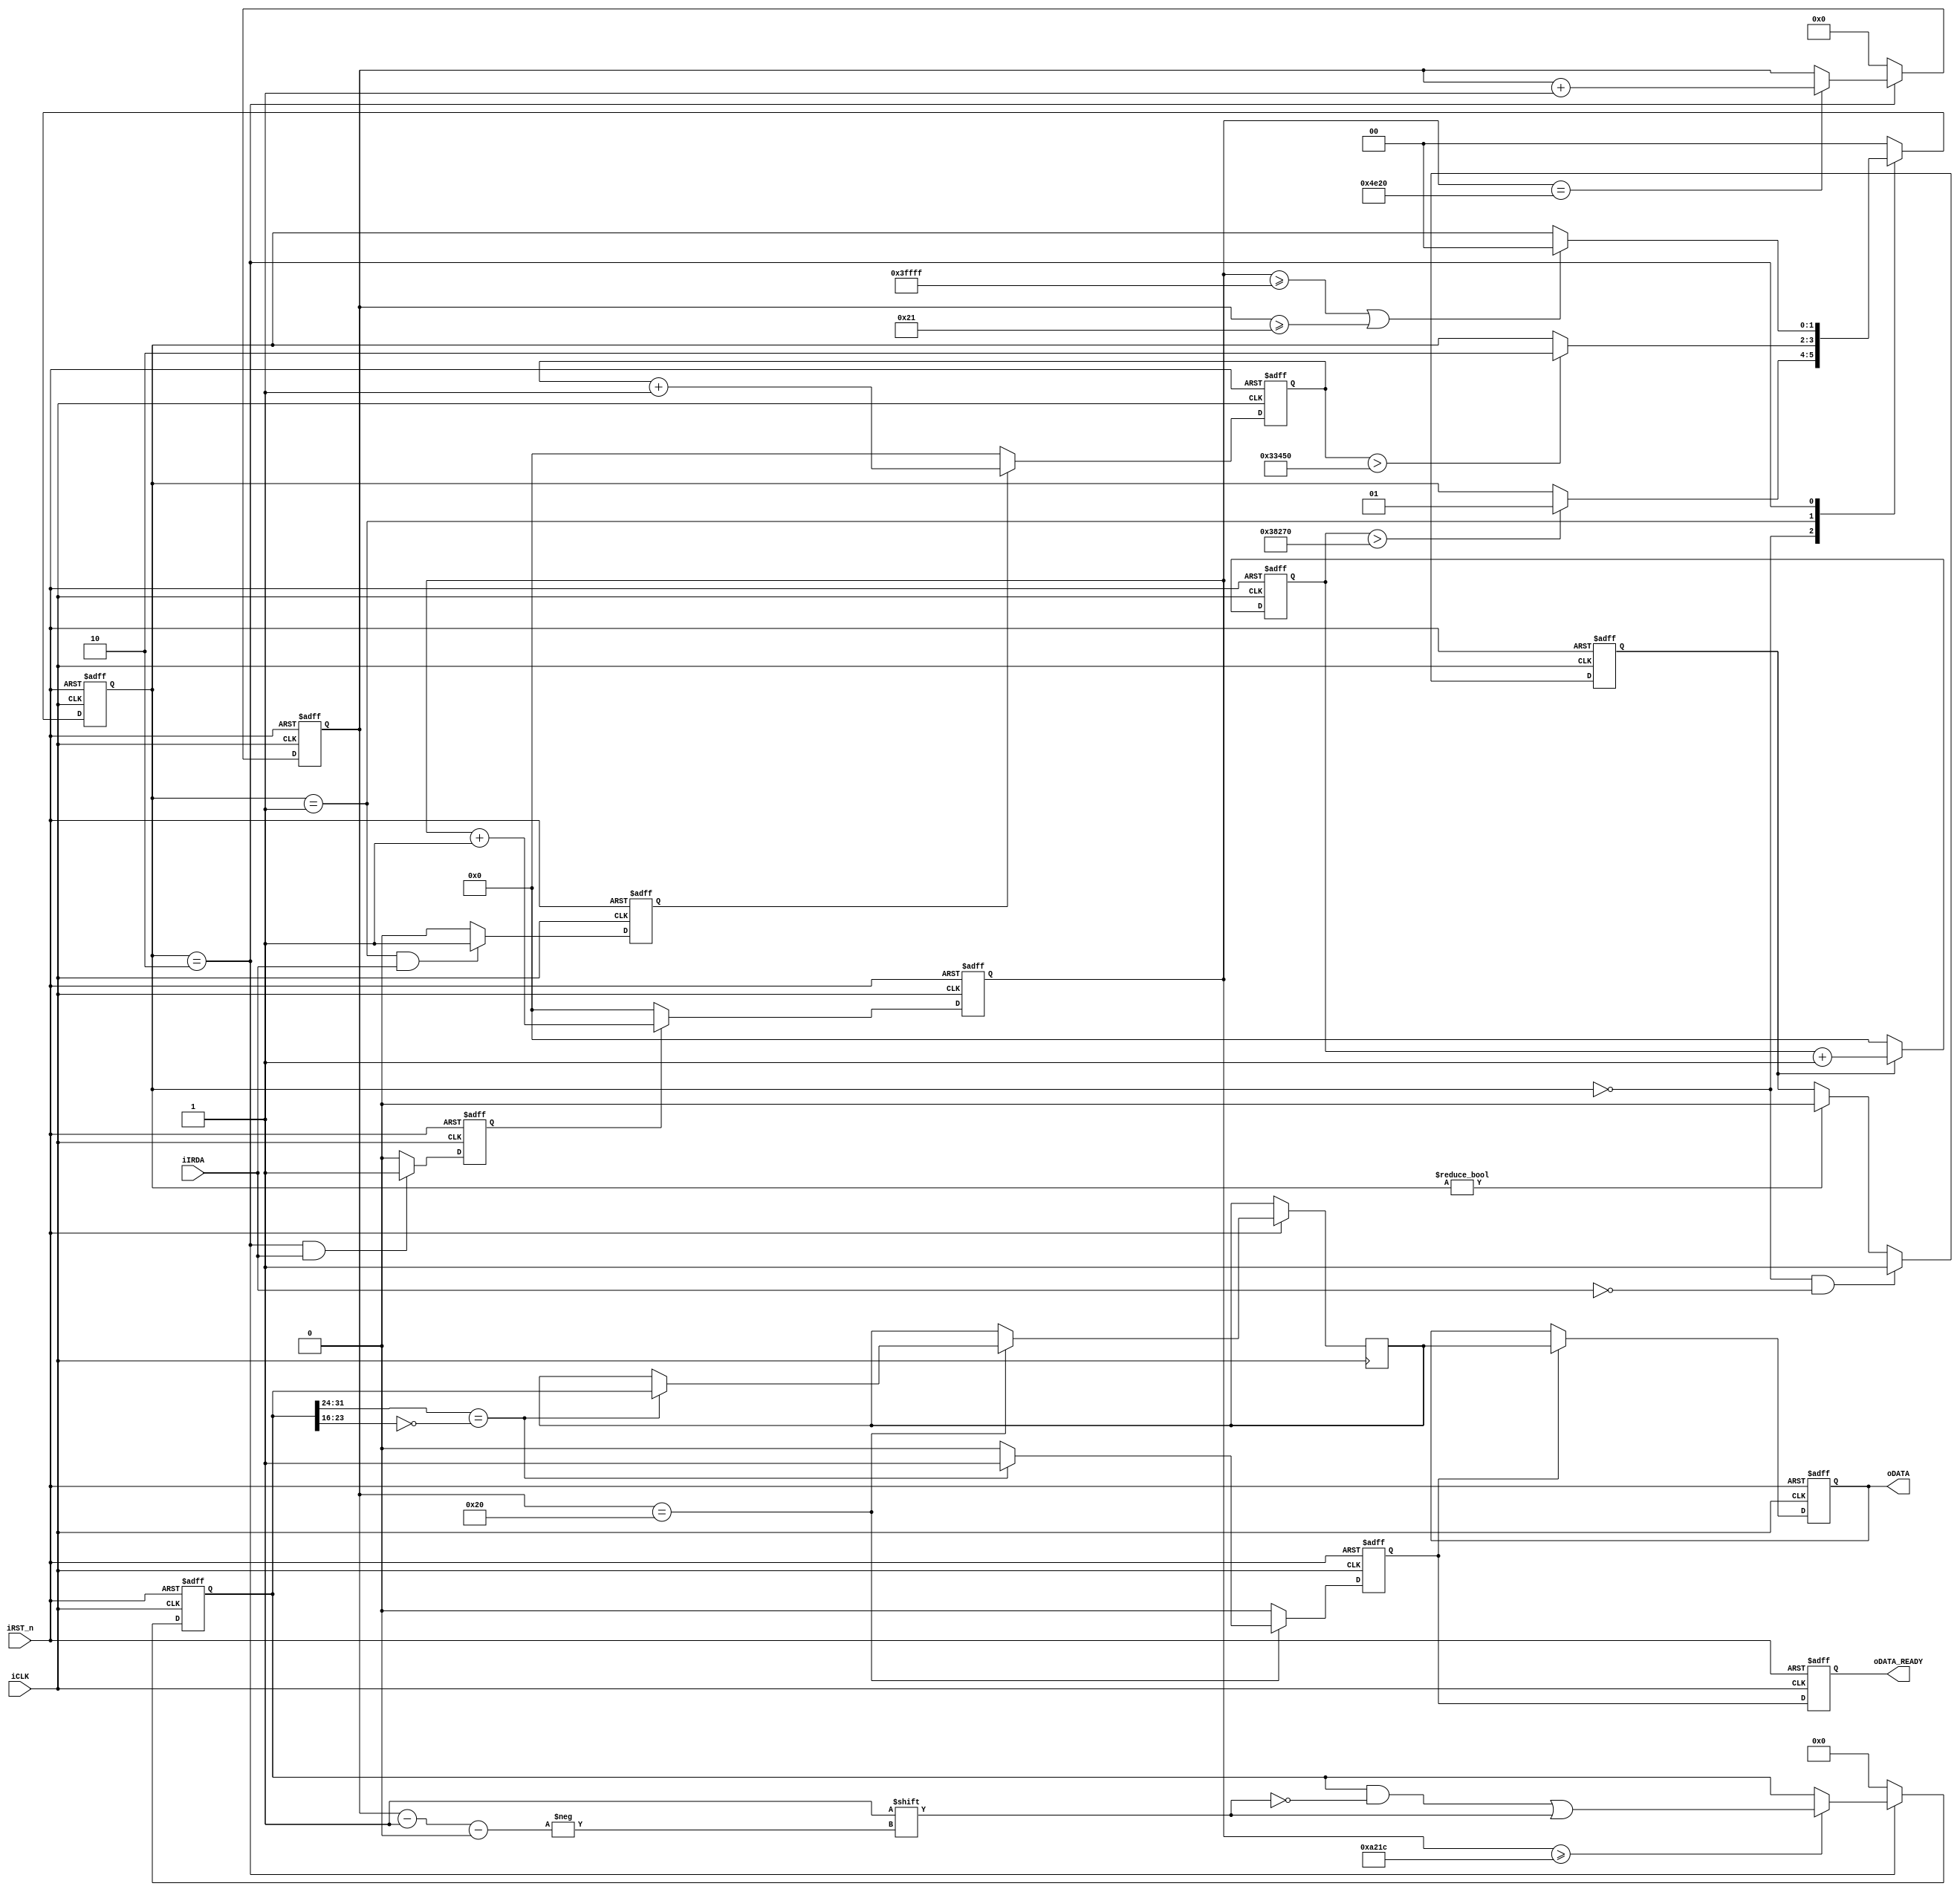
module IrDA_receiver(
	input iCLK,
	input iRST_n,
	input iIRDA,
	output oDATA_READY,
	output [31:0] oDATA
);


//=======================================================
//  PARAMETER declarations
//=======================================================
parameter IDLE               = 2'b00;    //always high voltage level
parameter GUIDANCE           = 2'b01;    //9ms low voltage and 4.5 ms high voltage
parameter DATAREAD           = 2'b10;    //0.6ms low voltage start and with 0.52ms high voltage is 0,with 1.66ms high voltage is 1, 32bit in sum.

parameter IDLE_HIGH_DUR      =  262143;  // data_count    262143*0.02us = 5.24ms, threshold for DATAREAD-----> IDLE
parameter GUIDE_LOW_DUR      =  230000;  // idle_count    230000*0.02us = 4.60ms, threshold for IDLE--------->GUIDANCE
parameter GUIDE_HIGH_DUR     =  210000;  // state_count   210000*0.02us = 4.20ms, 4.5-4.2 = 0.3ms < BIT_AVAILABLE_DUR = 0.4ms,threshold for GUIDANCE------->DATAREAD
parameter DATA_HIGH_DUR      =  41500;	 // data_count    41500 *0.02us = 0.83ms, sample time from the posedge of iIRDA
parameter BIT_AVAILABLE_DUR  =  20000;   // data_count    20000 *0.02us = 0.4ms,  the sample bit pointer,can inhibit the interference from iIRDA signal


//=======================================================
//  Signal Declarations
//=======================================================
//reg    [31:0] oDATA;                 //data output reg
reg    [17:0] idle_count;            //idle_count counter works under data_read state
reg           idle_count_flag;       //idle_count conter flag
//wire          idle_count_max;
reg    [17:0] state_count;           //state_count counter works under guide state
reg           state_count_flag;      //state_count conter flag
reg    [17:0] data_count;            //data_count counter works under data_read state
reg           data_count_flag;       //data_count conter flag
reg     [5:0] bitcount;              //sample bit pointer
reg     [1:0] state;                 //state reg
reg    [31:0] data;                  //data reg
reg    [31:0] data_buf;              //data buf
reg           data_ready;            //data ready flag

//=======================================================
//  Structural coding
//=======================================================


//idle counter works on iclk under IDLE state only
always @(posedge iCLK or negedge iRST_n)
	  if (!iRST_n)
		   idle_count <= 0;
	  else if (idle_count_flag)    //the counter works when the flag is 1
			 idle_count <= idle_count + 1'b1;
		else
			 idle_count <= 0;	         //the counter resets when the flag is 0

//idle counter switch when iIRDA is low under IDLE state
always @(posedge iCLK or negedge iRST_n)
	  if (!iRST_n)
		   idle_count_flag <= 1'b0;
	  else if ((state == IDLE) && !iIRDA)
			 idle_count_flag <= 1'b1;
		else if ((state != IDLE))
			 idle_count_flag <= 1'b0;

//state counter works on iclk under GUIDE state only
always @(posedge iCLK or negedge iRST_n)
	  if (!iRST_n)
		   state_count <= 0;
	  else if (state_count_flag)    //the counter works when the flag is 1
			 state_count <= state_count + 1'b1;
		else
			 state_count <= 0;	        //the counter resets when the flag is 0

//state counter switch when iIRDA is high under GUIDE state
always @(posedge iCLK or negedge iRST_n)
	  if (!iRST_n)
		   state_count_flag <= 1'b0;
	  else if ((state == GUIDANCE) && iIRDA)
			 state_count_flag <= 1'b1;
		else
			 state_count_flag <= 1'b0;

//data read decode counter based on iCLK
always @(posedge iCLK or negedge iRST_n)
	  if (!iRST_n)
		   data_count <= 1'b0;
	  else if(data_count_flag)      //the counter works when the flag is 1
			 data_count <= data_count + 1'b1;
		else
			 data_count <= 1'b0;        //the counter resets when the flag is 0

//data counter switch
always @(posedge iCLK or negedge iRST_n)
	  if (!iRST_n)
		   data_count_flag <= 0;
	  else if ((state == DATAREAD) && iIRDA)
			 data_count_flag <= 1'b1;
		else
			 data_count_flag <= 1'b0;

//data reg pointer counter
always @(posedge iCLK or negedge iRST_n)
    if (!iRST_n)
       bitcount <= 6'b0;
	  else if (state == DATAREAD)
		begin
			if (data_count == 20000)
					bitcount <= bitcount + 1'b1; //add 1 when iIRDA posedge
		end
	  else
	     bitcount <= 6'b0;

//state change between IDLE,GUIDE,DATA_READ according to irda edge or counter
always @(posedge iCLK or negedge iRST_n)
	  if (!iRST_n)
	     state <= IDLE;
	  else
			 case (state)
 			    IDLE     : if (idle_count > GUIDE_LOW_DUR)  // state chang from IDLE to Guidance when detect the negedge and the low voltage last for > 4.6ms
			  	              state <= GUIDANCE;
			    GUIDANCE : if (state_count > GUIDE_HIGH_DUR)//state change from GUIDANCE to DATAREAD when detect the posedge and the high voltage last for > 4.2ms
			  	              state <= DATAREAD;
			    DATAREAD : if ((data_count >= IDLE_HIGH_DUR) || (bitcount >= 33))
			  					      state <= IDLE;
	        default  : state <= IDLE; //default
			 endcase

//data decode base on the value of data_count
always @(posedge iCLK or negedge iRST_n)
	  if (!iRST_n)
	     data <= 0;
		else if (state == DATAREAD)
		begin
			 if (data_count >= DATA_HIGH_DUR) //2^15 = 32767*0.02us = 0.64us
			    data[bitcount-1'b1] <= 1'b1;  //>0.52ms  sample the bit 1
		end
		else
			 data <= 0;

//set the data_ready flag
always @(posedge iCLK or negedge iRST_n)
	  if (!iRST_n)
	     data_ready <= 1'b0;
    else if (bitcount == 32)
		begin
			 if (data[31:24] == ~data[23:16])
			 begin
					data_buf <= data;     //fetch the value to the databuf from the data reg
				  data_ready <= 1'b1;   //set the data ready flag
			 end
			 else
				  data_ready <= 1'b0 ;  //data error
				  
				  //data_buf <= data;
				  //data_ready <= 1'b1;
		end
		else
		   data_ready <= 1'b0 ;

//read data
always @(posedge iCLK or negedge iRST_n)
	  if (!iRST_n)
		begin
		   oDATA <= 32'b0000;
			oDATA_READY <= 1'b0;
		end
	  else if (data_ready)
		begin
	     oDATA = data_buf;  //output
		  oDATA_READY = data_ready;
		end
		else
			oDATA_READY <= data_ready;
//assign oDATA_READY = data_ready;

endmodule